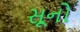
સૂનો